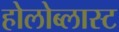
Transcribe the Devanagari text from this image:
होलोब्लास्ट